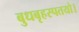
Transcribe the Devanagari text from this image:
बुधबृहस्पतयो।